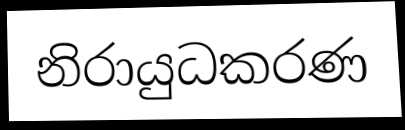
නිරායුධකරණ